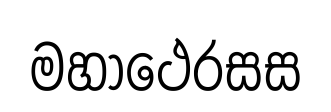
මහාථෙරසස